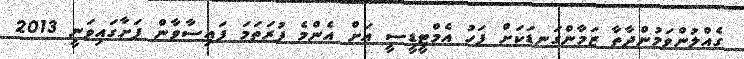
ގެއްލުންވަމުންދާތާ ޒަމާންގަނޑަކަށް ފަހު އެމްޓީޑީސީ އަށް އެންމެ ފުރަތަމަ ފައިސާވާން ފަށާގައިވަނީ 2013